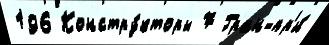
196 Констру́кторы 7 Гран-пр'и́